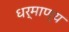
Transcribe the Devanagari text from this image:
धर्माण्य